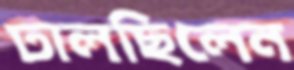
ঢালছিলেন